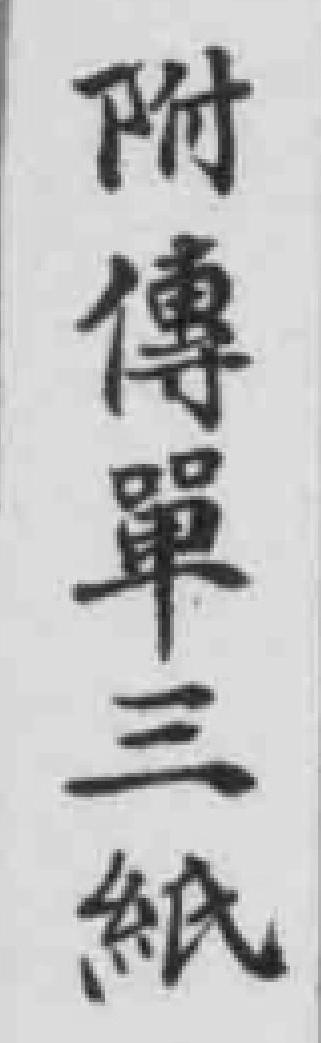
附傳單三紙